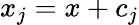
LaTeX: x_{j}=x+c_{j}